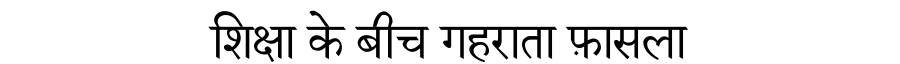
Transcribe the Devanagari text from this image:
शिक्षा के बीच गहराता फ़ासला